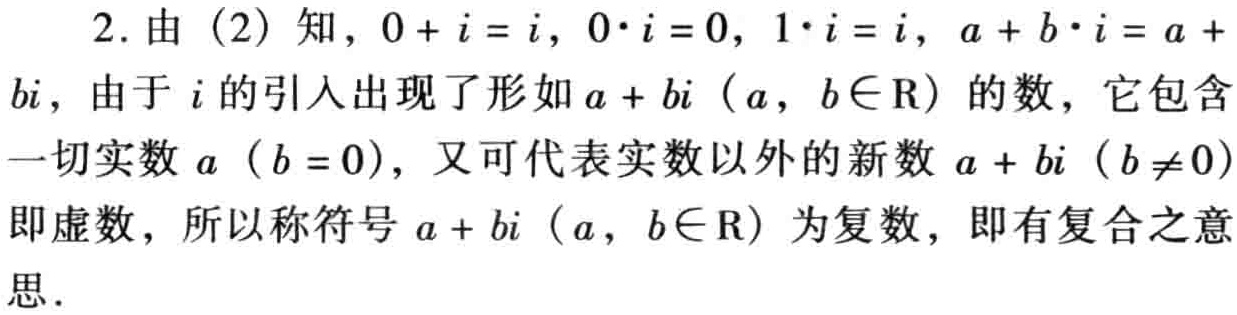
2. 由（2）知，\(0 + i = i\)，\(0\cdot i = 0\)，\(1\cdot i = i\)，\(a + b\cdot i = a + bi\)，由于\(i\)的引入出现了形如\(a + bi\)（\(a,b\in\mathbb{R}\)）的数，它包含一切实数\(a\)（\(b = 0\)），又可代表实数以外的新数\(a + bi\)（\(b\neq0\)）即虚数，所以称符号\(a + bi\)（\(a,b\in\mathbb{R}\)）为复数，即有复合之意思.